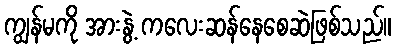
ကျွန်မကို အားနွဲ့ ကလေးဆန်နေစေဆဲဖြစ်သည်။